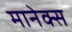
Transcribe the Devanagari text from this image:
मानेक्स